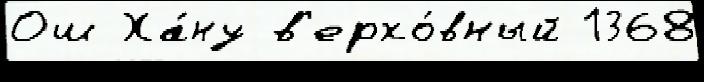
Ош Ха́ну в'ерхо́вный 1368